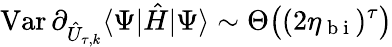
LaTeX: \operatorname{Var}\partial_{\hat{U}_{\tau,k}}\langle\Psi|\hat{H}|\Psi\rangle\sim\Theta\big((2\eta_{\mathrm{~b~i~}})^{\tau}\big)